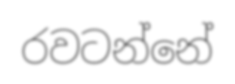
රවටන්නේ